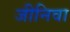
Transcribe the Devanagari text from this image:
जीनिवा